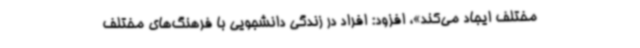
مختلف ایجاد می‌کند»، افزود: افراد در زندگی دانشجویی با فرهنگ‌های مختلف